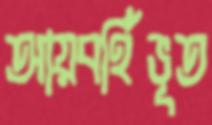
আয়বর্হিভূত